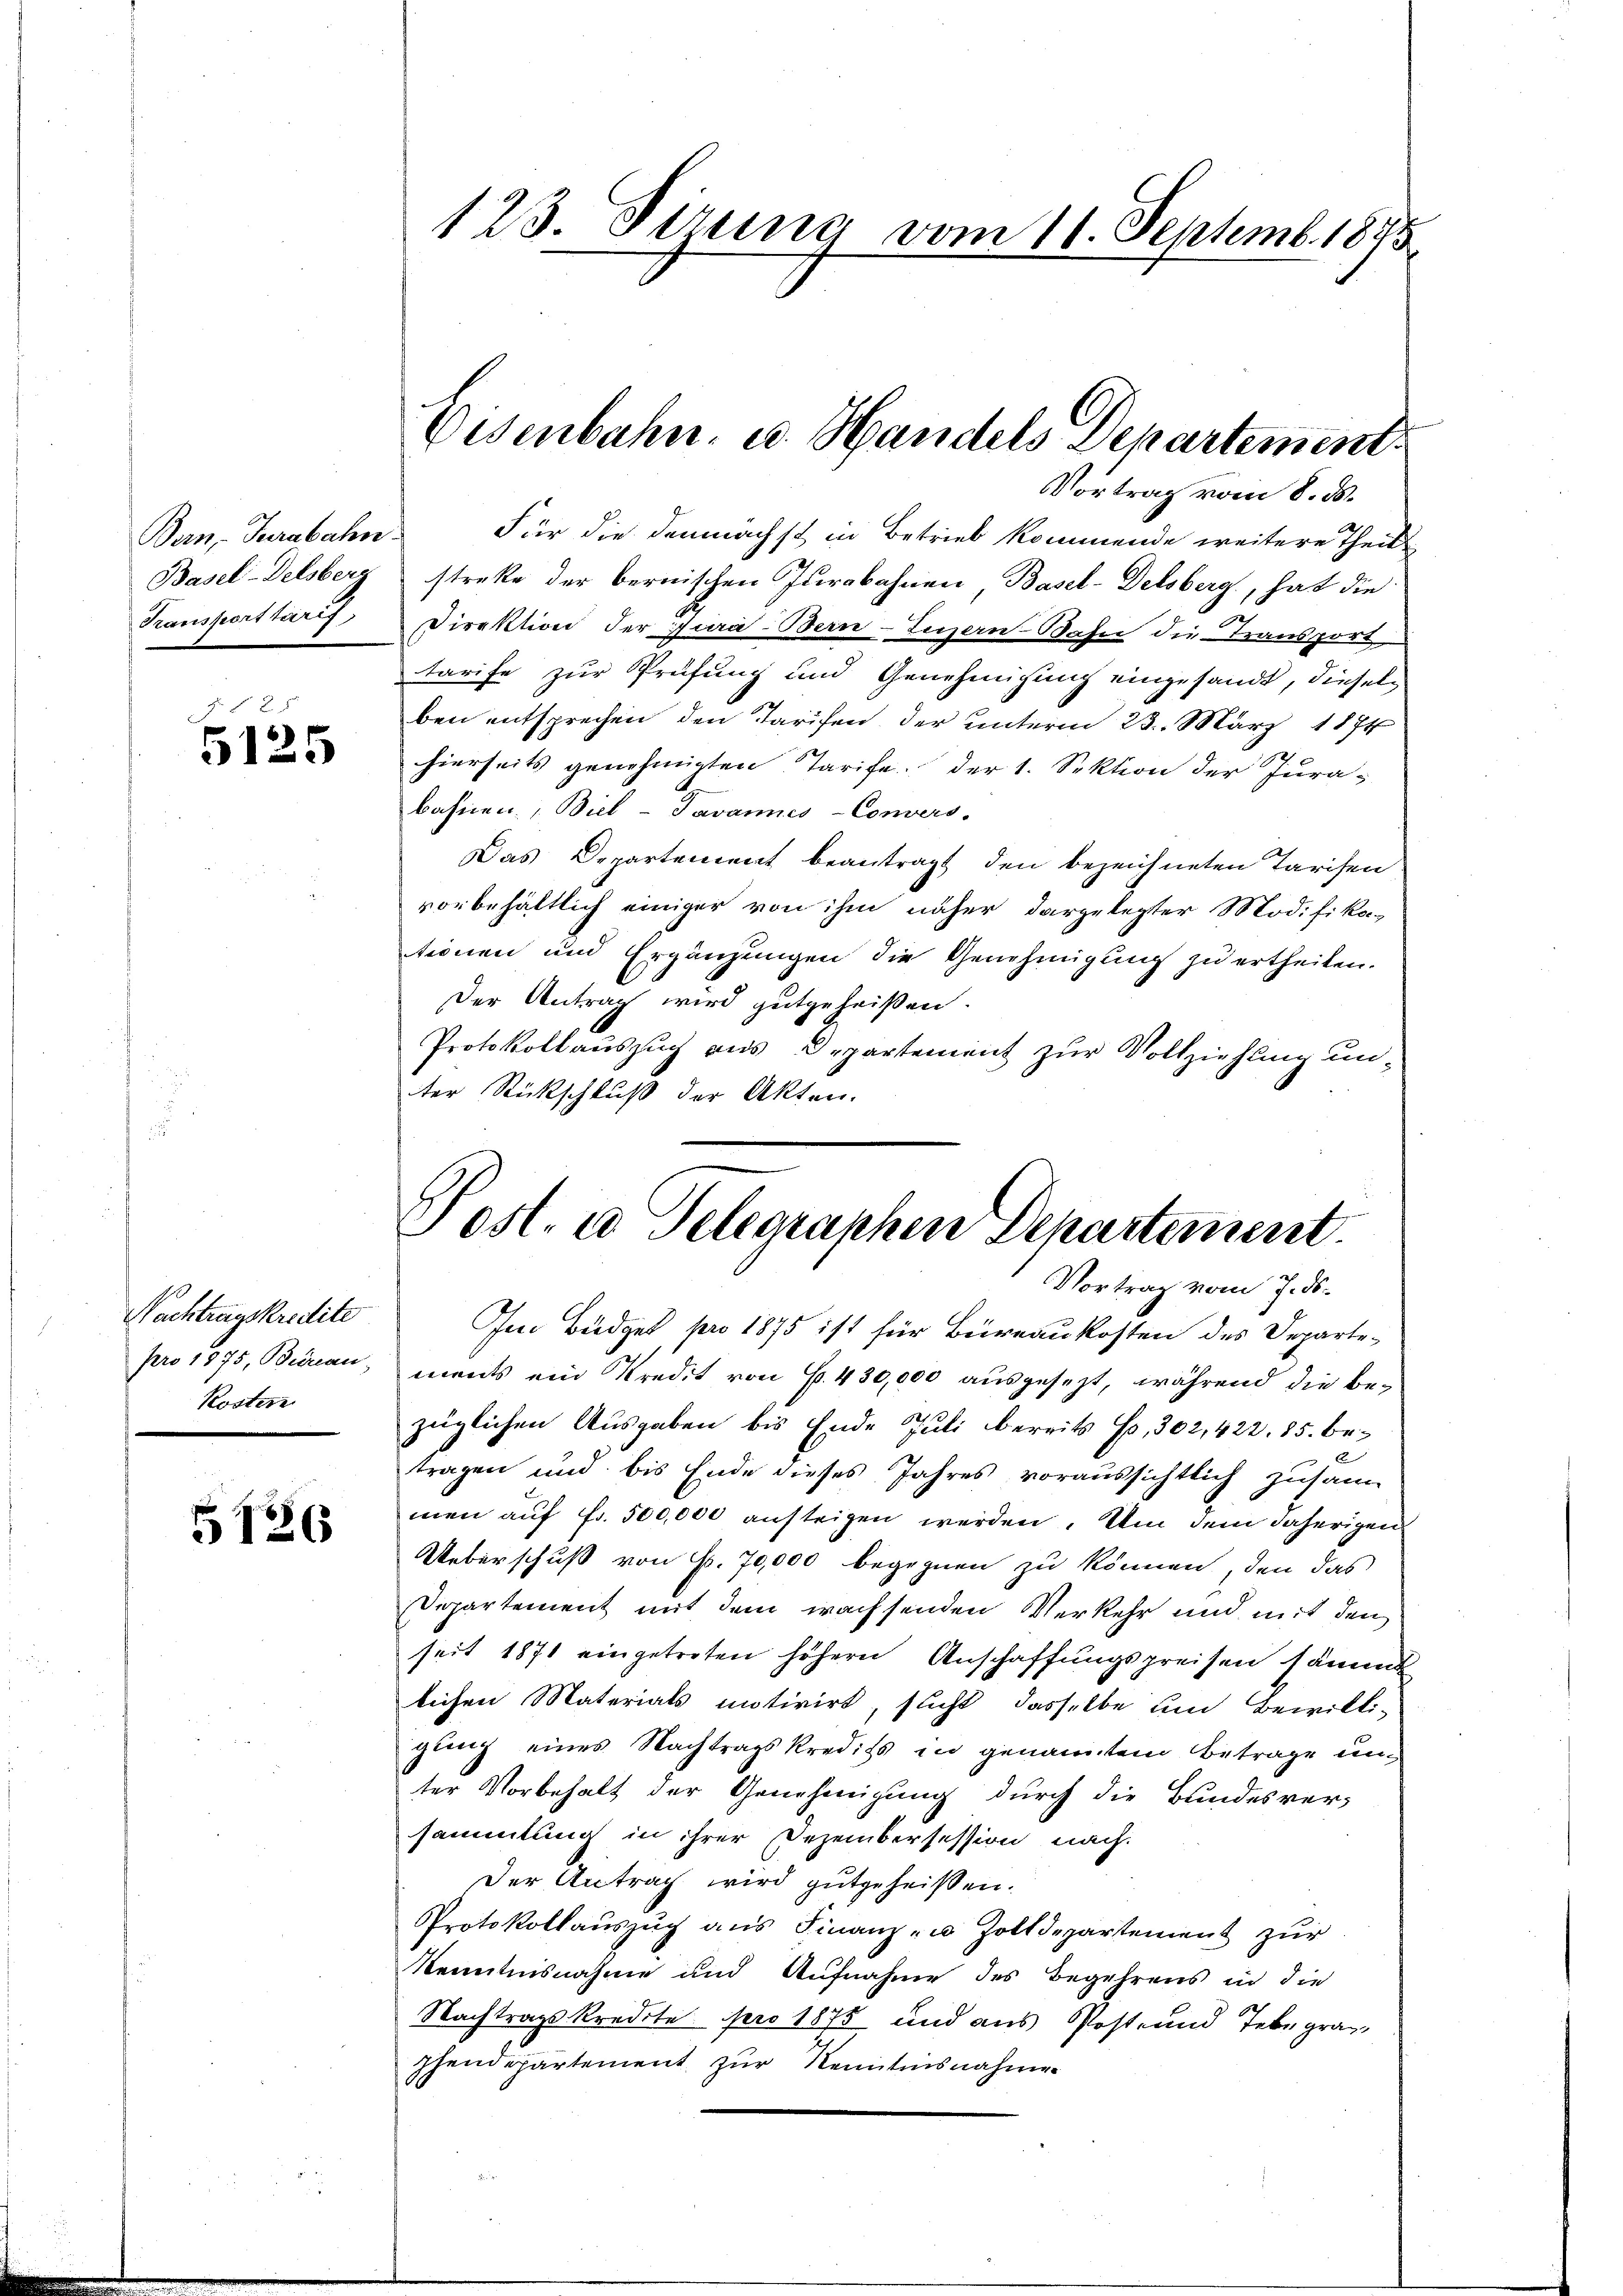
Bern, Jurabahn
Basel-Delsberg
Transporttarif

f 52 x
5125

Nachtragskredite
pro 1875, Beinau
Kostern

5126

123. Sizung vom 11. Septemb. 1845

Für die demnächst in Betrieb kommende weitere Theil
streke der bernischen Iderobahnen Basel-Delsberg, hat die
Direktion der Jura-Bein Luzern Bahn die Transport
Tarife zur Prüfung und Genehmigung eingesandt, dieselben entsprechen den Tarifen der unterm 23. März 1874
hierseits genehmigten Tarife der 1. Sektion der Jura-
bahnen, Biel - Javannes-Convers.
Das Departement beantragt den bezeichneten Tarifen
vorbehältlich einiger von ihm näher dargelegter Modifika-
tionen und Ergänzungen die Genehmigung zu ertheilen.
Der Antrag wird gutgeheißen.
Protokollauszug aus Departement zur Vollziehung unter Rückschluß der Akten.
Vortrag vom 7. ds.
Im Büdget pro 1875 ist für Büreaukosten des Departements ein Kredit von S. 430,000 ausgesezt, während die Bezüglichen Ausgaben bis Ende Juli bereits so, 302, 422. 85. be¬
E
tragen und bis Ende dieses Jahres voraussichtlich zusam
men auf Fr. 500,000 ansteigen werden. Um dem daherigen
Ueberschuß von Fr. 70,000 begegnen zu können, den das
Departement mit dem wachsenden Verkehr und mit den
seit 1871 eingetreten höhern Anschaffungspreisen sämmt
lichen Materials motivirt, sucht dasselbe um Bewilli-
gung eines Nachtragskredits in genannten Betrage un
ter Vorbehalt der Genehmigung durch die Bundesver-
sammlung in ihrer Dezembersession nach
Der Antrag wird gutgeheißen.
Protokollaŭszŭg aŭs Finanz- u. Zolldepartement zŭr
Kenntnisnahme und Aufnahme des Begehrens in die
Nachtragskredite pro 1875 und aus Post- und Telegraz,
phendepartement zur Kenntnisnahmen

Eisenbahn, u. Handels Departement.
Vortrag vom 8. ds.

Post- u. Telegraphen Departement.